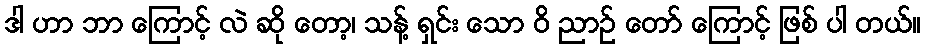
ဒါ ဟာ ဘာ ကြောင့် လဲ ဆို တော့၊ သန့် ရှင်း သော ဝိ ညာဉ် တော် ကြောင့် ဖြစ် ပါ တယ်။